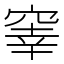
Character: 𥦭